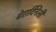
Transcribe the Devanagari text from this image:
बेरार्दिनेली